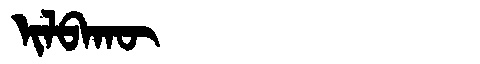
Manchu: ᡳᠯᠪᠠᡴᡡ
Romanization: ILBAKŪ